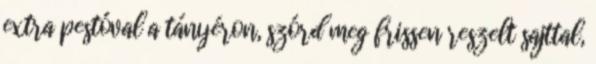
extra pestóval a tányéron, szórd meg frissen reszelt sajttal,